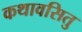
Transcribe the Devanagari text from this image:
कथावसितु